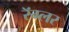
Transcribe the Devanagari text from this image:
रॅग्लर